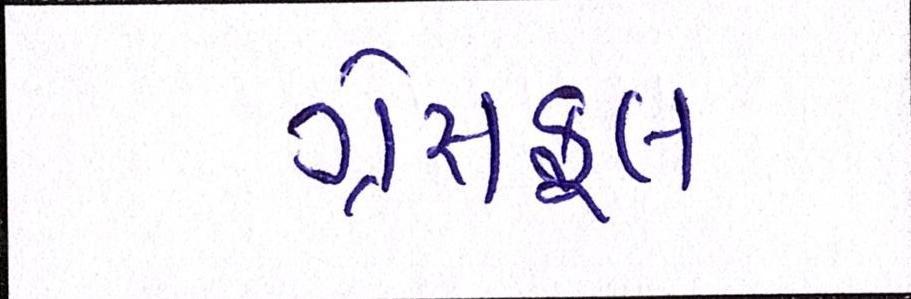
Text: ગ્રેસફૂલ